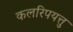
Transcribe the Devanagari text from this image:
कलरिपयत्तु